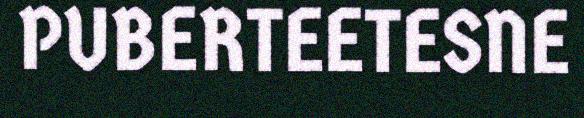
PUBERTEETESNE